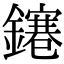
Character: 𨭙